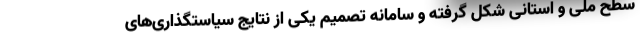
سطح ملی و استانی شکل گرفته و سامانه تصمیم یکی از نتایج سیاستگذاری‌های